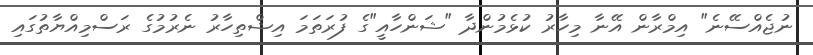
ނުޖެއްސޭނެ" އިމްރާން އޭނާ މިހާރު ކުޅެމުންދާ "ޝަންހާއީ"ގެ ފުރަތަމަ އިޝްތިހާރު ނެރުމުގެ ރަސްމިއްޔާތުގައި